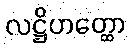
လဋ္ဌိဟတ္ထော